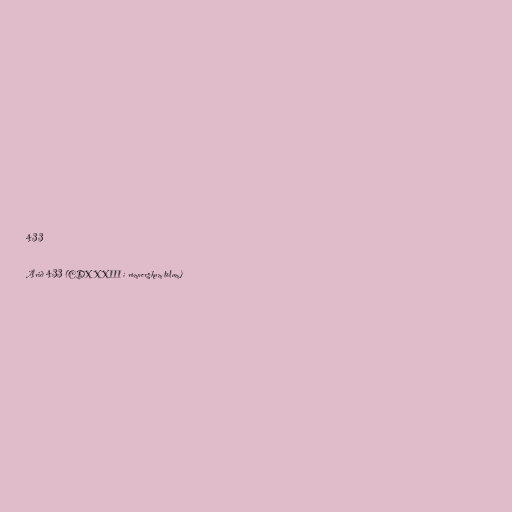
433

Árið 433 (CDXXXIII í rómverskum tölum)